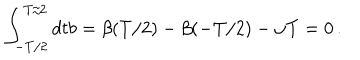
\int _ { - T / 2 } ^ { T / 2 } d t b = \beta ( T / 2 ) - \beta ( - T / 2 ) - \omega T = 0 \, .